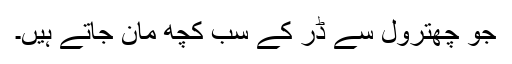
جو چھترول سے ڈر کے سب کچھ مان جاتے ہیں۔